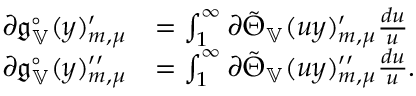
\begin{array} { r l } { \partial \mathfrak { g } _ { \mathbb { V } } ^ { \circ } ( y ) _ { m , \mu } ^ { \prime } } & { = \int _ { 1 } ^ { \infty } \partial \tilde { \Theta } _ { \mathbb { V } } ( u y ) _ { m , \mu } ^ { \prime } \frac { d u } { u } } \\ { \partial \mathfrak { g } _ { \mathbb { V } } ^ { \circ } ( y ) _ { m , \mu } ^ { \prime \prime } } & { = \int _ { 1 } ^ { \infty } \partial \tilde { \Theta } _ { \mathbb { V } } ( u y ) _ { m , \mu } ^ { \prime \prime } \frac { d u } { u } . } \end{array}